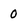
Character: 0